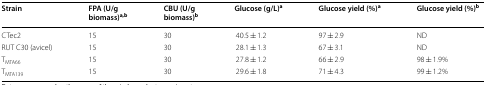
<table><thead><tr><td><b>Strain</b></td><td><b>FPA (U/g biomass)<sup>a,b</sup></b></td><td><b>CBU (U/g biomass)<sup>b</sup></b></td><td><b>Glucose (g/L)<sup>a</sup></b></td><td><b>Glucose yield (%)<sup>a</sup></b></td><td><b>Glucose yield (%)<sup>b</sup></b></td></tr></thead><tbody><tr><td>CTec2</td><td>15</td><td>30</td><td>40.5 ± 1.2</td><td>97 ± 2.9</td><td>ND</td></tr><tr><td>RUT C30 (avicel)</td><td>15</td><td>30</td><td>28.1 ± 1.3</td><td>67 ± 3.1</td><td>ND</td></tr><tr><td>T<sub>MTA66</sub></td><td>15</td><td>30</td><td>27.8 ± 1.2</td><td>66 ± 2.9</td><td>98 ± 1.9%</td></tr><tr><td>T<sub>MTA139</sub></td><td>15</td><td>30</td><td>29.6 ± 1.8</td><td>71 ± 4.3</td><td>99 ± 1.2%</td></tr></tbody></table>